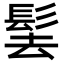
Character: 𩬨